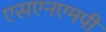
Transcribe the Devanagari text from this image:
एसएनएमपी